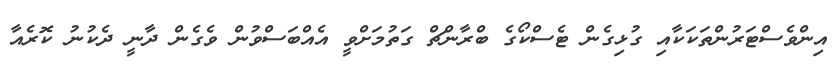
އިންވެސްޓަރުންތަކަކާއި ގުޅިގެން ޓެސްކޯގެ ބްރާންޗް ގަތުމަށްވީ އެއްބަސްވުން ވެގެން ދާނީ ދެކުނު ކޮރެއާ